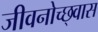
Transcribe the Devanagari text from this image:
जीवनोच्छ्वास